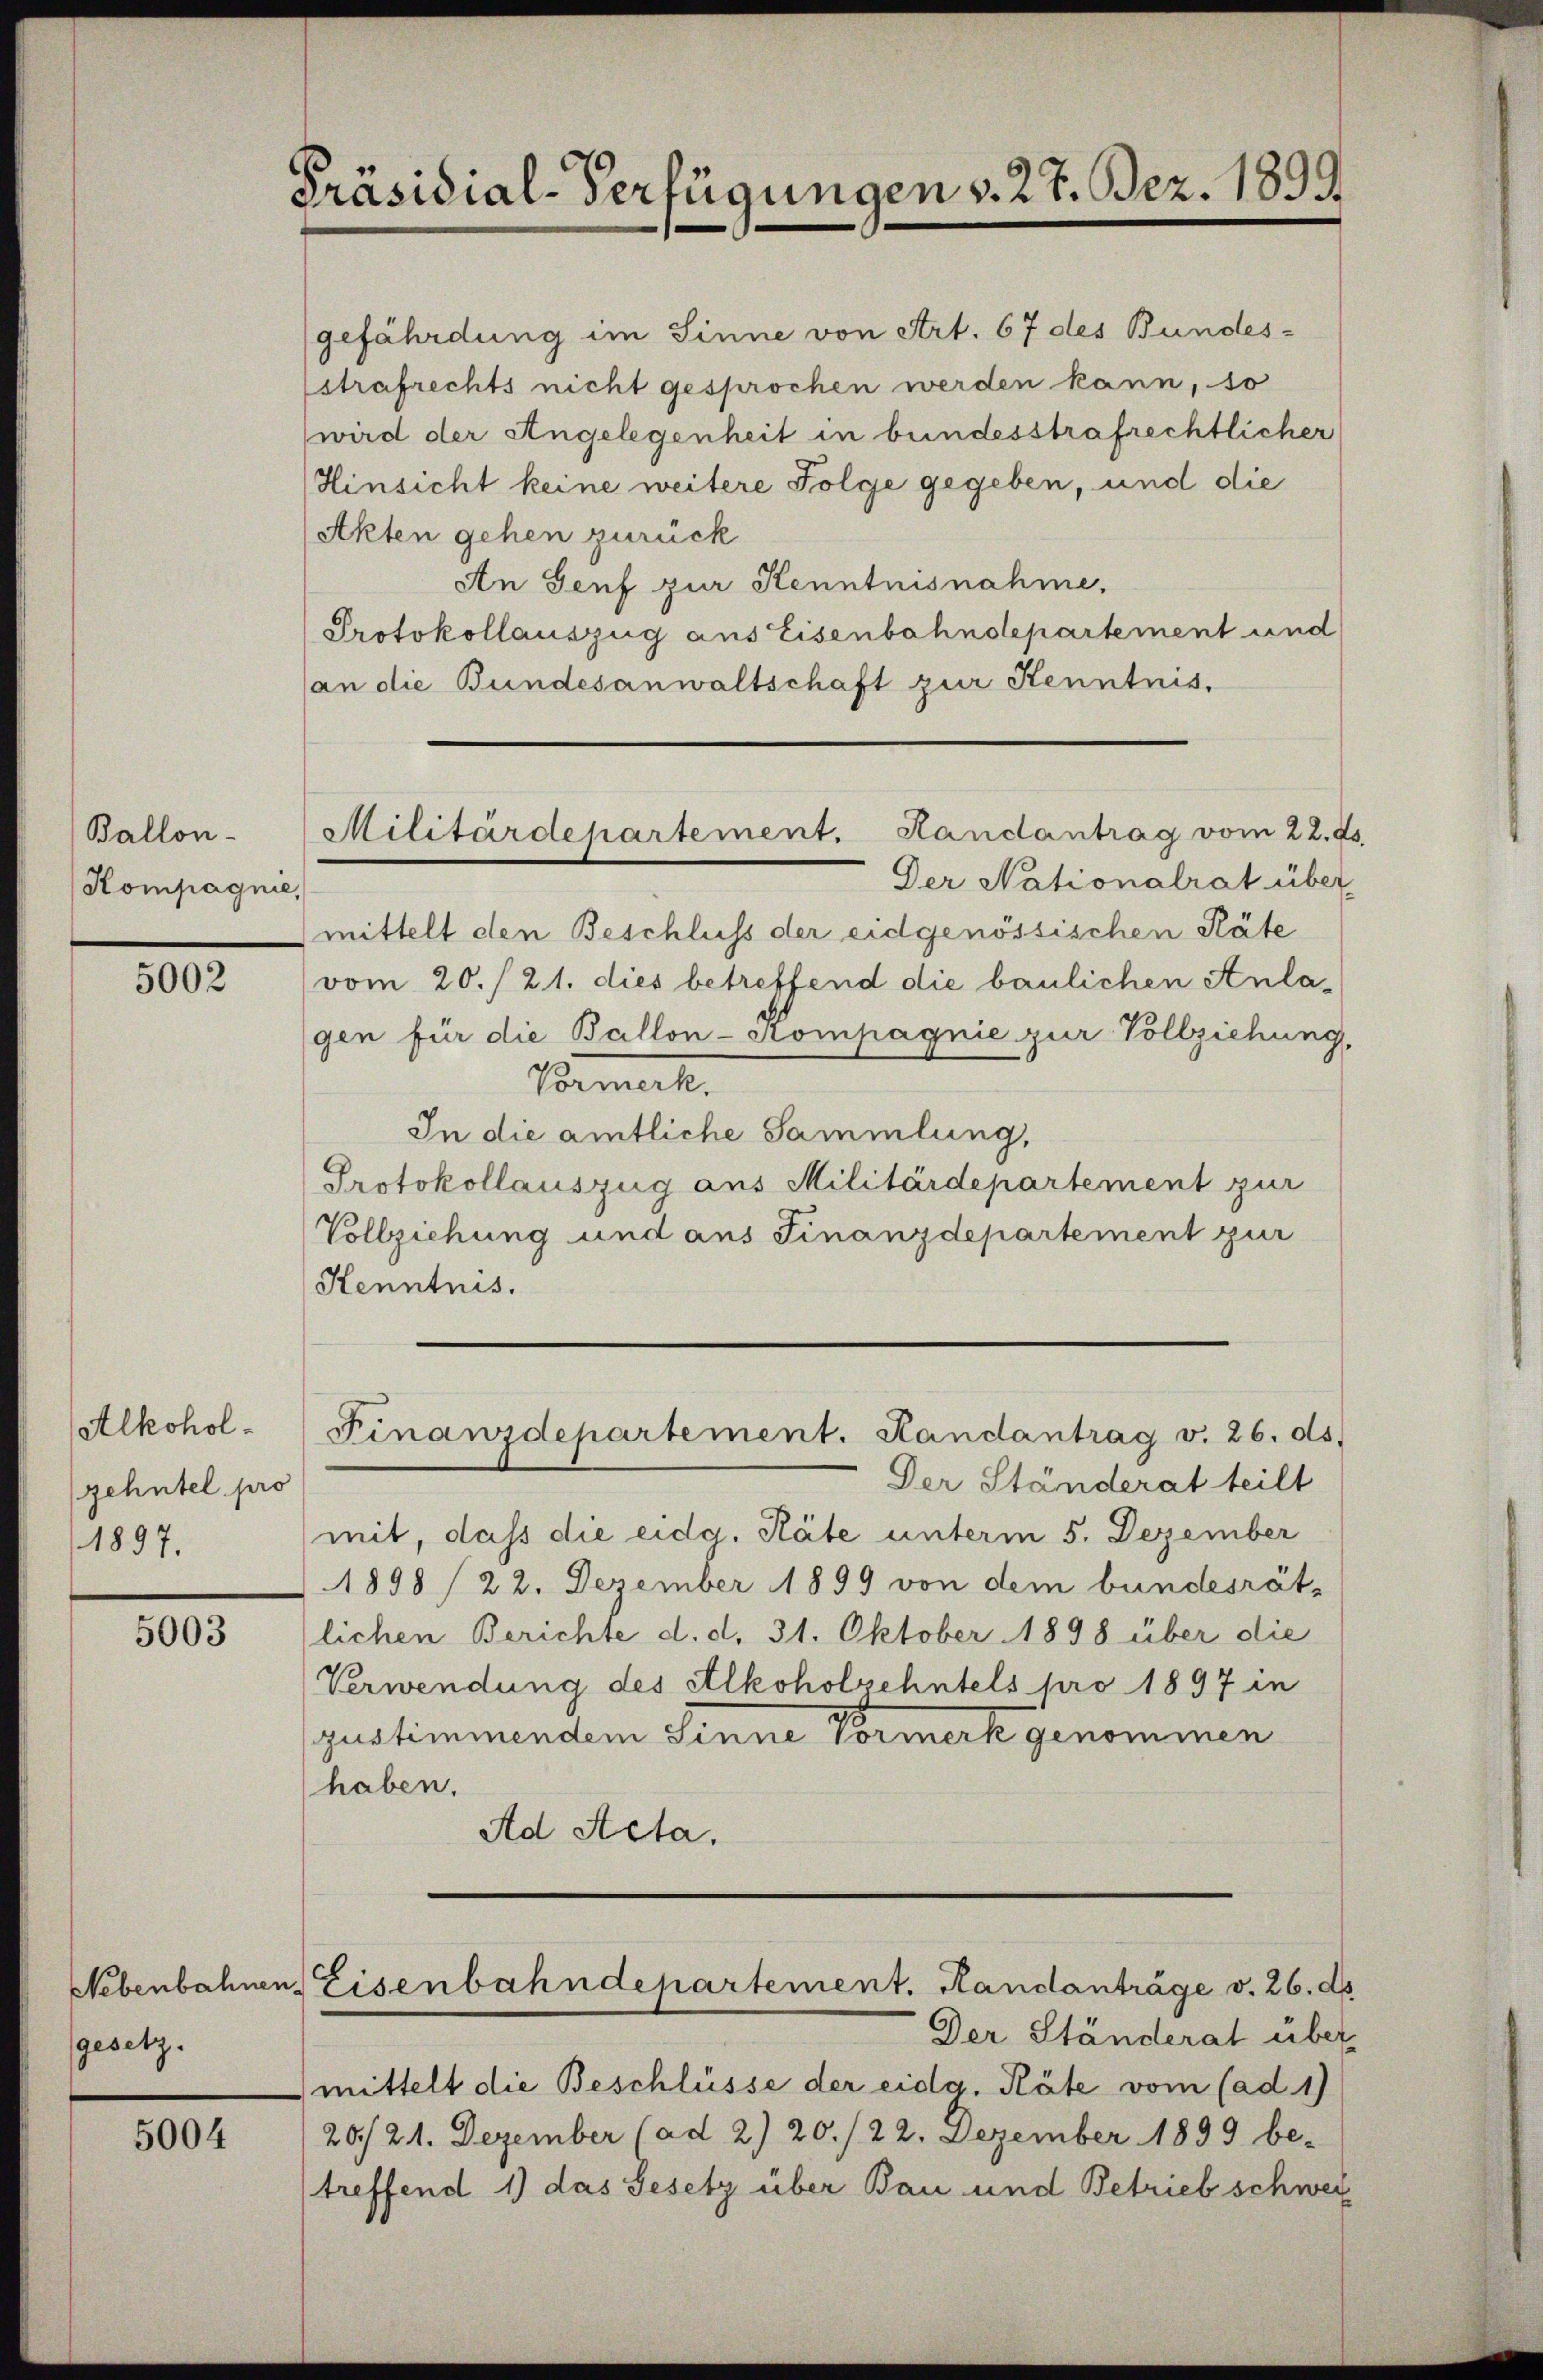
Ballon
Kompagnie,

5002

Alkoholzehntel pro
1897.

5003

gesetz.

5004

Präsidial-Verfügungen v. 27. Dez. 1899

gefährdung im Sinne von Art. 67 des Bundes-
Estrafrechts nicht gesprochen werden kann, so
wird der Angelegenheit in bundesstrafrechtlicher
Hinsicht keine weitere Folge gegeben, und die
Akten gehen zurück
An Senf zur Kenntnisnahme,
Protokollauszug aus Eisenbahndepartement und
(an die Bundesanwaltschaft zur Kenntnis,

Der Nationalrat über-
mittelt den Beschluss der eidgenössischen Räte
vom 20./21. dies betreffend die baulichen Anlagen für die Ballon-Kompagnie zur Vollziehung,
Vormerk.
In die amtliche Sammlung,
Protokollauszug aus Militärdepartement zur
Vollziehung und aus Finanzdepartement zur
Kenntnis.

Militärdepartement. Handantrag vom 22. ds.

Finanzdepartement. Randantrag v. 26. ds.

Nebenbahnen Eisenbahndepartement. Handanträge v. 26. ds

Der Ständerat teilt
mit, daß die eidg. Räte unterm 5. Dezember
1898 /22. Dezember 1899 von dem bundesrät-
lichen Berichte d. d. 31. Oktober 1898 über die
Verwendung des Alkoholsehntels pro 1897 in
justimmendem Sinne Vormerk genommen
haben.
Ad Acta.

Der Ständerat über
mittelt die Beschlüsse der eidg. Räte vom (ad 1)
20./21. Dezember (ad 2) 20./22. Dezember 1899 be-
treffend 1) das Gesetz über Bau und Betrieb schwei